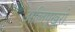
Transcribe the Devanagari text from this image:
अलिपुखुरी